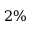
2 \%